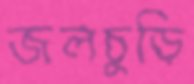
জলচুড়ি